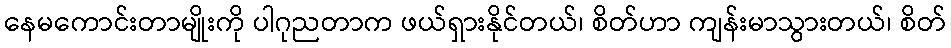
နေမကောင်းတာမျိုးကို ပါဂုညတာက ဖယ်ရှားနိုင်တယ်၊ စိတ်ဟာ ကျန်းမာသွားတယ်၊ စိတ်